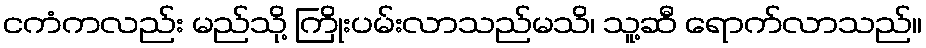
ငကံကလည်း မည်သို့ ကြိုးပမ်းလာသည်မသိ၊ သူ့ဆီ ရောက်လာသည်။